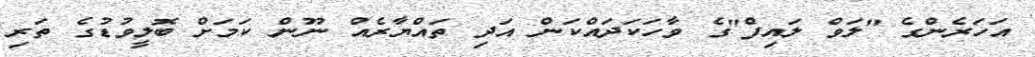
އަހަރެންގެ "ލަވް ލައިފް"ގެ ވާހަކަދައްކަން އަދި ތައްޔާރެއް ނޫން ކަމަށް ބޮލީވުޑުގެ ތަރި